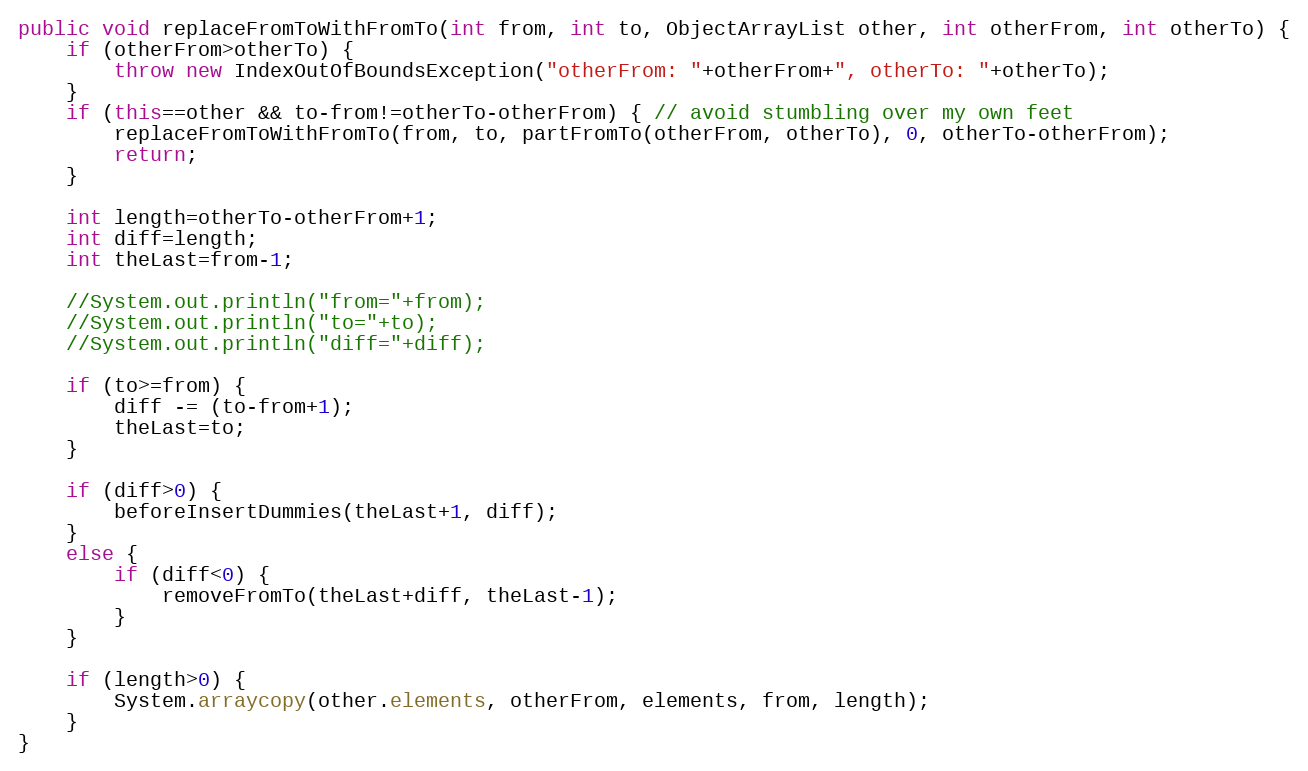
Language: Java
public void replaceFromToWithFromTo(int from, int to, ObjectArrayList other, int otherFrom, int otherTo) {
	if (otherFrom>otherTo) {
		throw new IndexOutOfBoundsException("otherFrom: "+otherFrom+", otherTo: "+otherTo);
	}
	if (this==other && to-from!=otherTo-otherFrom) { // avoid stumbling over my own feet
		replaceFromToWithFromTo(from, to, partFromTo(otherFrom, otherTo), 0, otherTo-otherFrom);
		return;
	}

	int length=otherTo-otherFrom+1;
	int diff=length;
	int theLast=from-1;

	//System.out.println("from="+from);
	//System.out.println("to="+to);
	//System.out.println("diff="+diff);

	if (to>=from) {
		diff -= (to-from+1);
		theLast=to;
	}

	if (diff>0) {
		beforeInsertDummies(theLast+1, diff);
	}
	else {
		if (diff<0) {
			removeFromTo(theLast+diff, theLast-1);
		}
	}

	if (length>0) {
		System.arraycopy(other.elements, otherFrom, elements, from, length);
	}
}